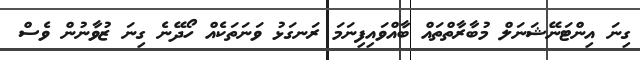
ގިނަ އިންޓަނޭޝަނަލް މުބާރާތްތައް ބާއްވައިފިނަމަ ރަނގަޅު ވަނަތަކެއް ހޯދޭނެ ގިނަ ޒުވާނުން ވެސް